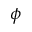
\phi